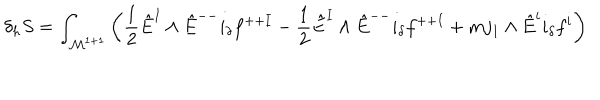
LaTeX: \delta _ { h } S = \int _ { { \cal M } ^ { 1 + 1 } } \left( { \frac { 1 } { 2 } } \hat { E } ^ { I } \wedge \hat { E } ^ { -- } i _ { \delta } f ^ { + + I } - { \frac { 1 } { 2 } } \hat { E } ^ { I } \wedge \hat { E } ^ { -- } i _ { \delta } f ^ { + + I } + m j _ { 1 } \wedge \hat { E } ^ { i } i _ { \delta } f ^ { i } \right)